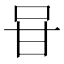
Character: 𭇐